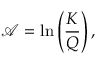
\mathcal { A } = \ln \left( \frac { K } { Q } \right) ,